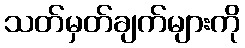
သတ်မှတ်ချက်များကို